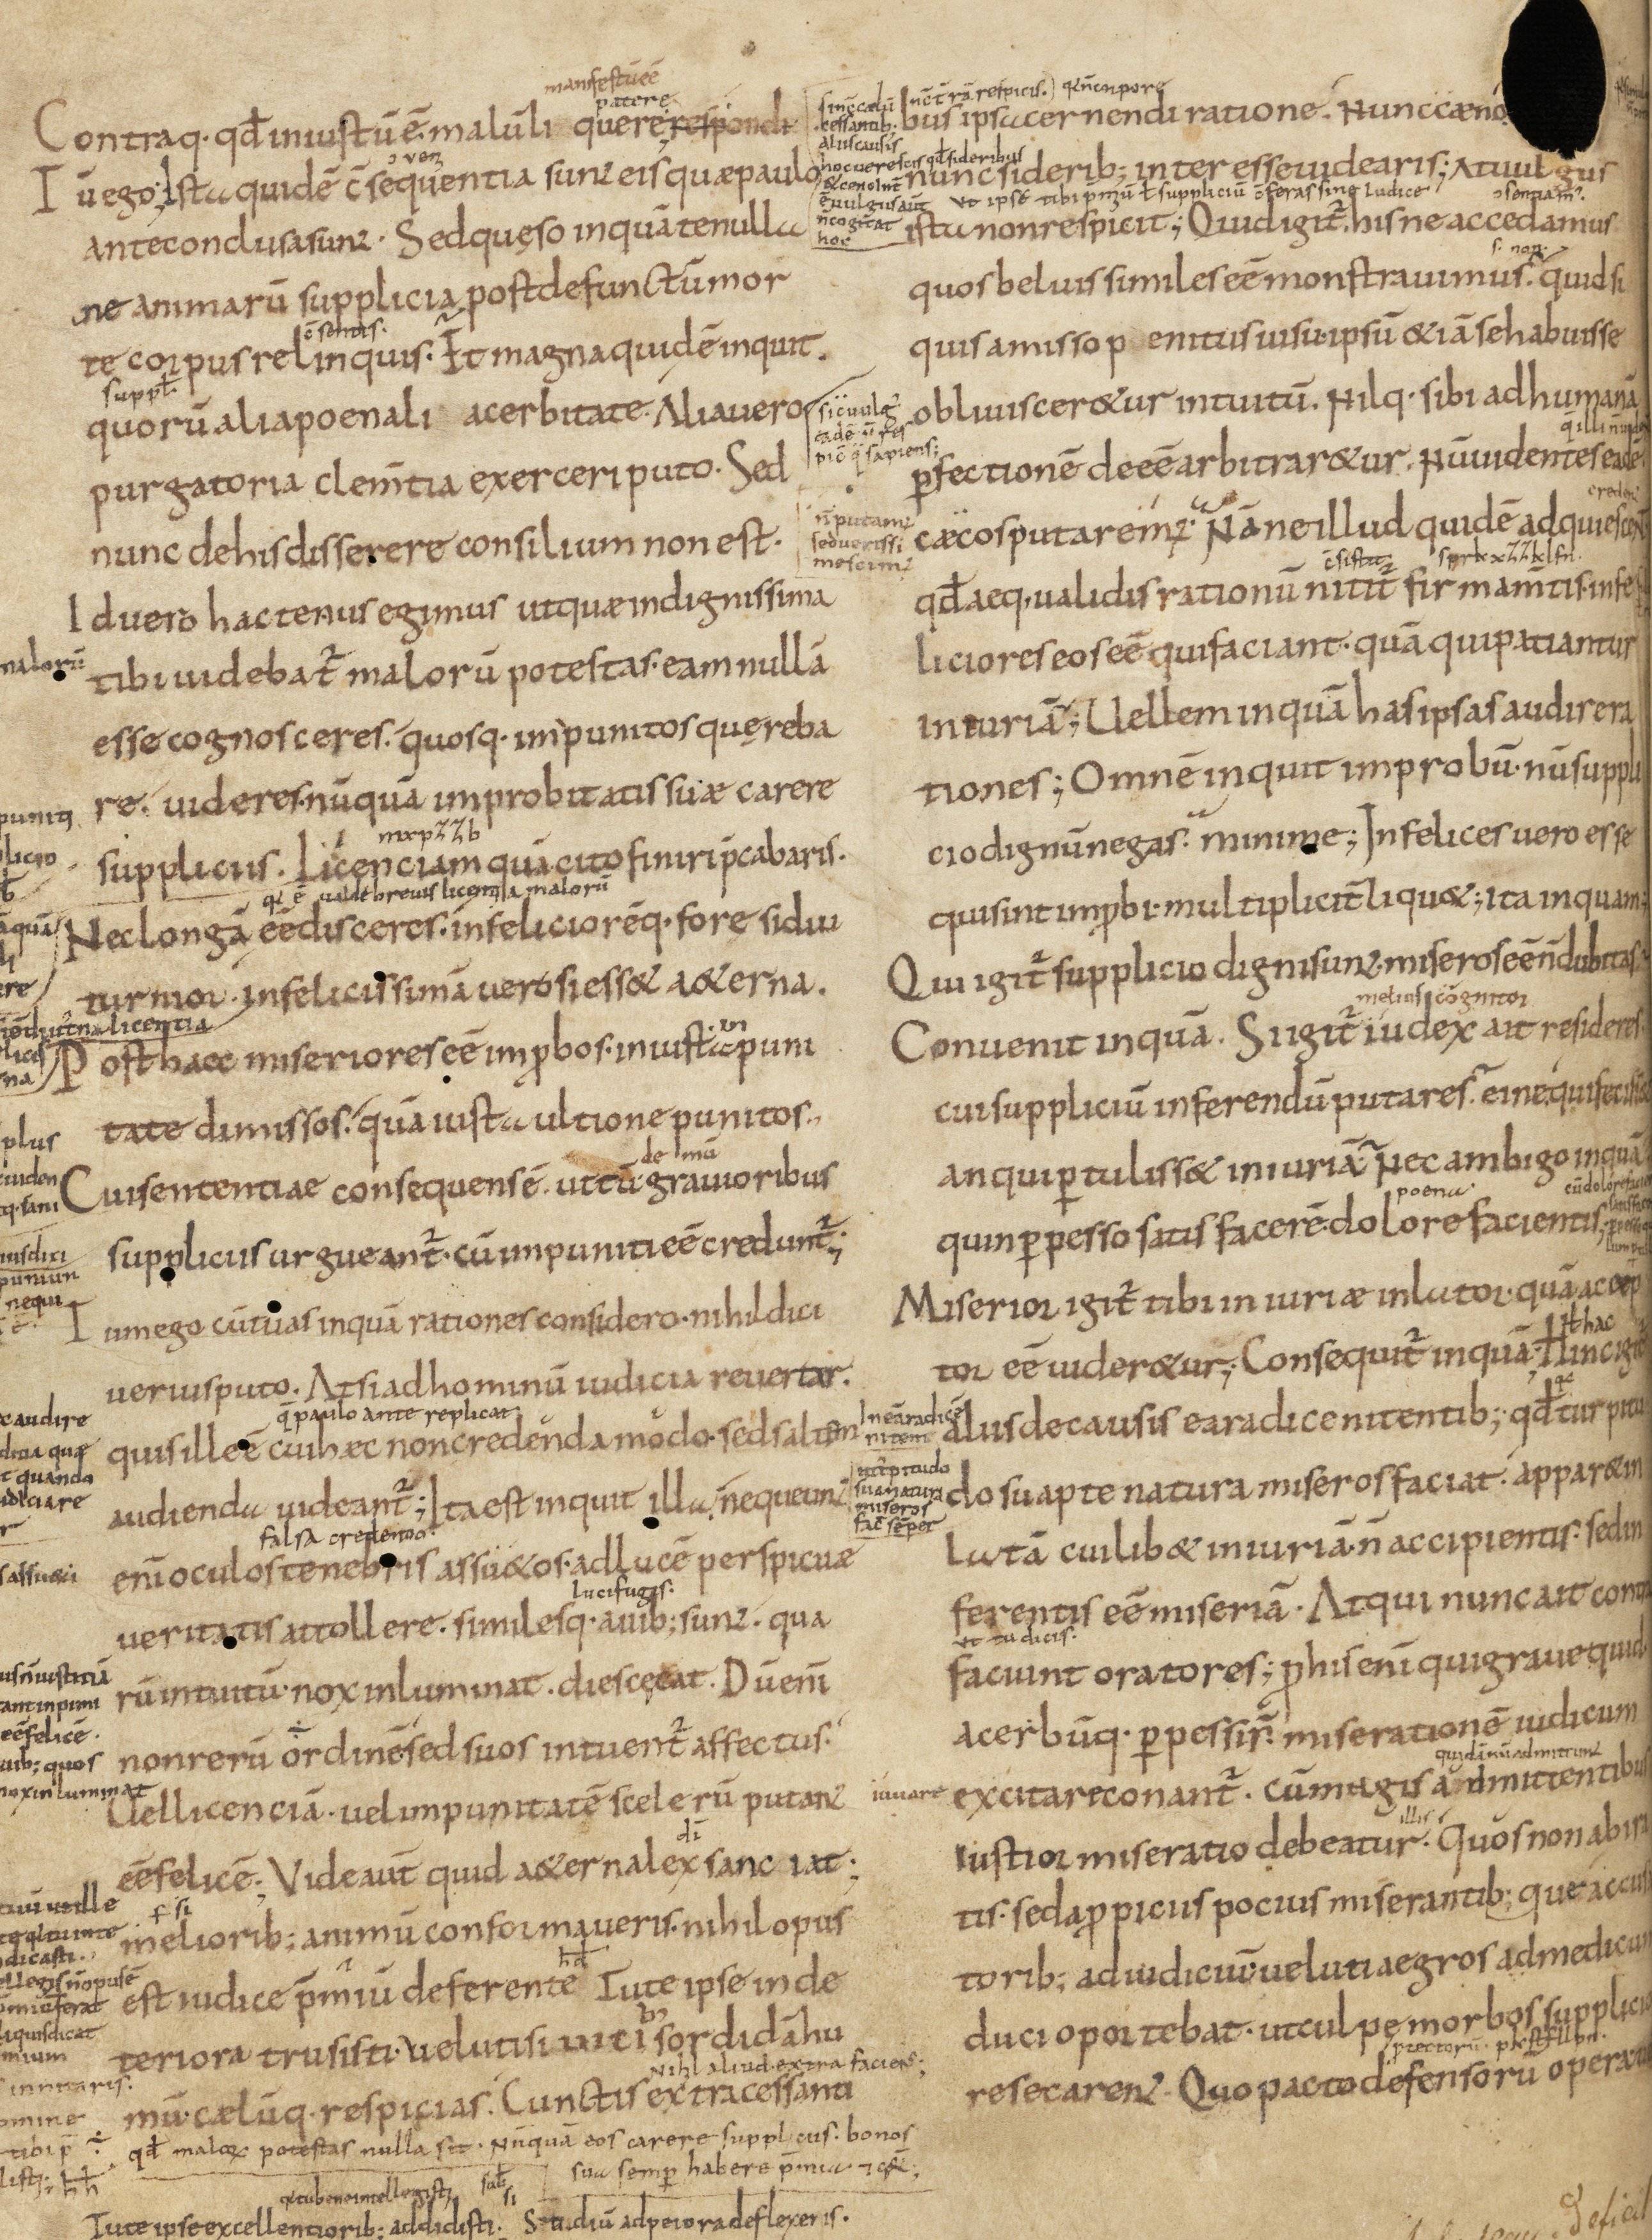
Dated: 833–999